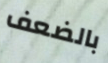
بالضعف